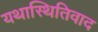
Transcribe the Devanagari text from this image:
यथास्थितिवाद